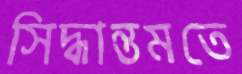
সিদ্ধান্তমতে